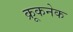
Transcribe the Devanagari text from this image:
क्रूकनेक